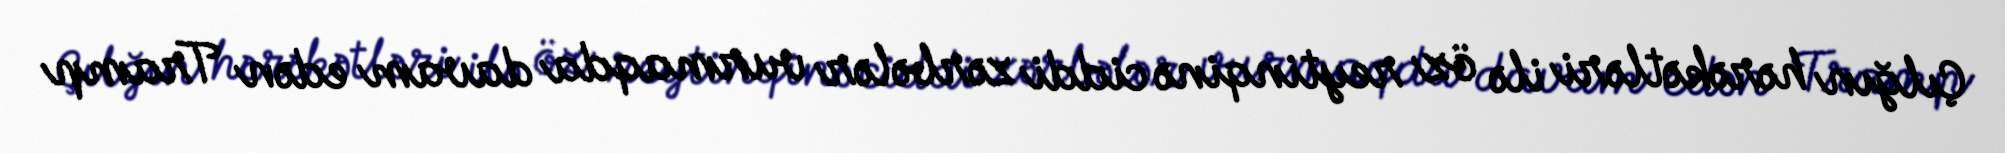
Çılğın hərəkətləri ilə öz reytinqinə ciddi zərbələr vurmaqda davam edən Tramp